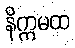
နိက္ကမထ